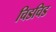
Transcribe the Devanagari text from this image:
चिडचिड